Vaccination in Burma 1900-1911 - 1900-1911
Year: 1900
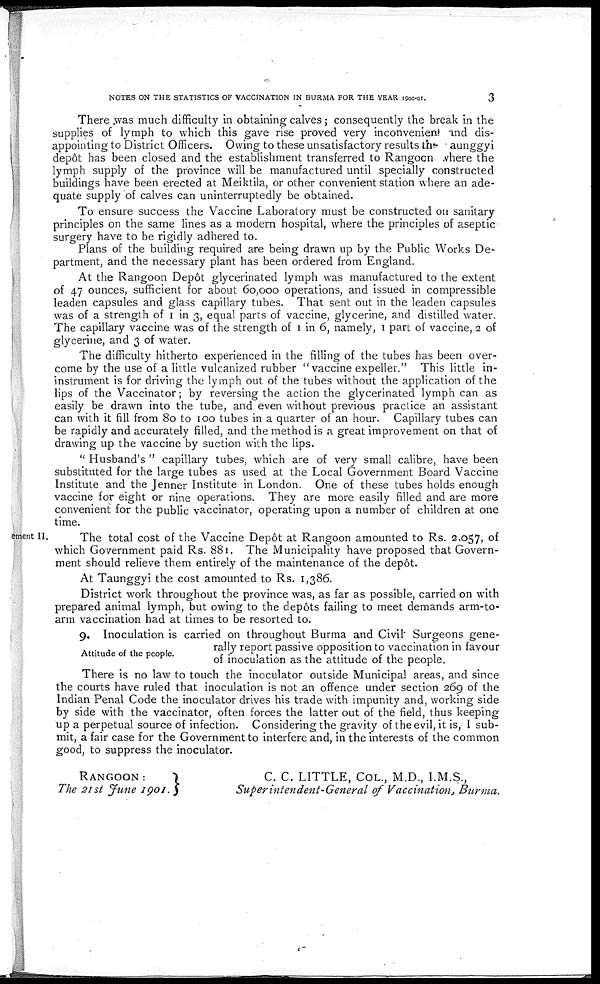
NOTES ON THE STATISTICS OF VACCINATION IN BURMA FOR THE YEAR 1900-01.
3
There was much difficulty in obtaining calves ; consequently the break in the
supplies of lymph to which this gave rise proved very inconvenient and dis-
appointing to District Officers. Owing to these unsatisfactory results the aunggyi
depôt has been closed and the establishment transferred to Rangoon where the
lymph supply of the province will be manufactured until specially constructed
buildings have been erected at Meiktila, or other convenient station where an ade-
quate supply of calves can uninterruptedly be obtained.
To ensure success the Vaccine Laboratory must be constructed on sanitary
principles on the same lines as a modern hospital, where the principles of aseptic
surgery have to be rigidly adhered to.
Plans of the building required are being drawn up by the Public Works De-
partment, and the necessary plant has been ordered from England.
At the Rangoon Depôt glycerinated lymph was manufactured to the extent
of 47 ounces, sufficient for about 60,000 operations, and issued in compressible
leaden capsules and glass capillary tubes. That sent out in the leaden capsules
was of a strength of 1 in 3, equal parts of vaccine, glycerine, and distilled water.
The capillary vaccine was of the strength of 1 in 6, namely, 1 part of vaccine, 2 of
glycerine, and 3 of water.
The difficulty hitherto experienced in the filling of the tubes has been over-
come by the use of a little vulcanized rubber "vaccine expeller." This little in-
instrument is for driving the lymph out of the tubes without the application of the
lips of the Vaccinator; by reversing the action the glycerinated lymph can as
easily be drawn into the tube, and even without previous practice an assistant
can with it fill from 80 to 100 tubes in a quarter of an hour. Capillary tubes can
be rapidly and accurately filled, and the method is a great improvement on that of
drawing up the vaccine by suction with the lips.
" Husband's " capillary tubes, which are of very small calibre, have been
substituted for the large tubes as used at the Local Government Board Vaccine
Institute and the Jenner Institute in London. One of these tubes holds enough
vaccine for eight or nine operations. They are more easily filled and are more
convenient for the public vaccinator, operating upon a number of children at one
time.
Stetement II. The total cost of the Vaccine Depôt at Rangoon amounted to Rs. 2,057, of
which Government paid Rs. 881. The Municipality have proposed that Govern-
ment should relieve them entirely of the maintenance of the depôt.
At Taunggyi the cost amounted to Rs. 1,386.
District work throughout the province was, as far as possible, carried on with
prepared animal lymph, but owing to the depôts failing to meet demands arm-to-
arm vaccination had at times to be resorted to.
Attitude of the people.
9. Inoculation is carried on throughout Burma and Civil Surgeons gene-
rally report passive opposition to vaccination in favour
of inoculation as the attitude of the people.
There is no law to touch the inoculator outside Municipal areas, and since
the courts have ruled that inoculation is not an offence under section 269 of the
Indian Penal Code the inoculator drives his trade with impunity and, working side
by side with the vaccinator, often forces the latter out of the field, thus keeping
up a perpetual source of infection. Considering the gravity of the evil, it is, I sub-
mit, a fair case for the Government to interfere and, in the interests of the common
good, to suppress the inoculator.
RANGOON
:
The 21st June 1901.
C. C. LITTLE, COL., M.D., I.M.S.,
Superintendent-General of Vaccination, Burma.